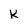
Character: K